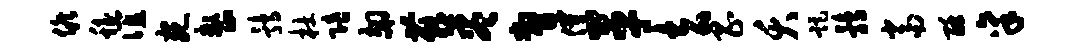
候稳谊宛整鹑杜陪翅燕尽瞥催革去昌夭距鹑当酥禀